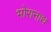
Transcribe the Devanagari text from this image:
भोरानाथ